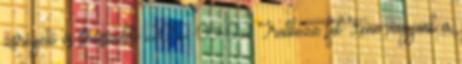
zsírégető és stresszoldó 2012-05-02 Iratkozz fel Fenn vagyunk a